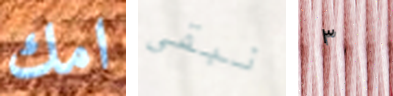
امك نبقى ٣